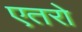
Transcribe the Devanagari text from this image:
एतरो